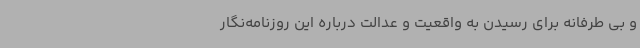
و بی طرفانه برای رسیدن به واقعیت و عدالت درباره این روزنامه‌نگار